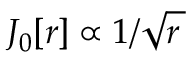
J _ { 0 } [ r ] \propto 1 / \sqrt { r \, }